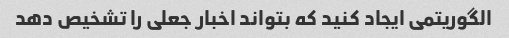
الگوریتمی ایجاد کنید که بتواند اخبار جعلی را تشخیص دهد